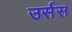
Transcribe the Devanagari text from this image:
उर्सस